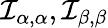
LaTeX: {\mathcal{I}}_{\alpha,\alpha},{\mathcal{I}}_{\beta,\beta}